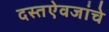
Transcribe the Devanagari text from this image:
दस्तऐवजांचे